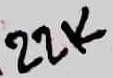
Text: 22K